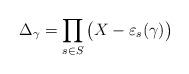
LaTeX: \begin{align*}\Delta_\gamma = \prod_{s\in S} \big( X - \varepsilon_s(\gamma) \big)\end{align*}